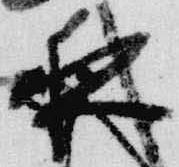
夜